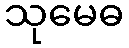
သုမေဓ